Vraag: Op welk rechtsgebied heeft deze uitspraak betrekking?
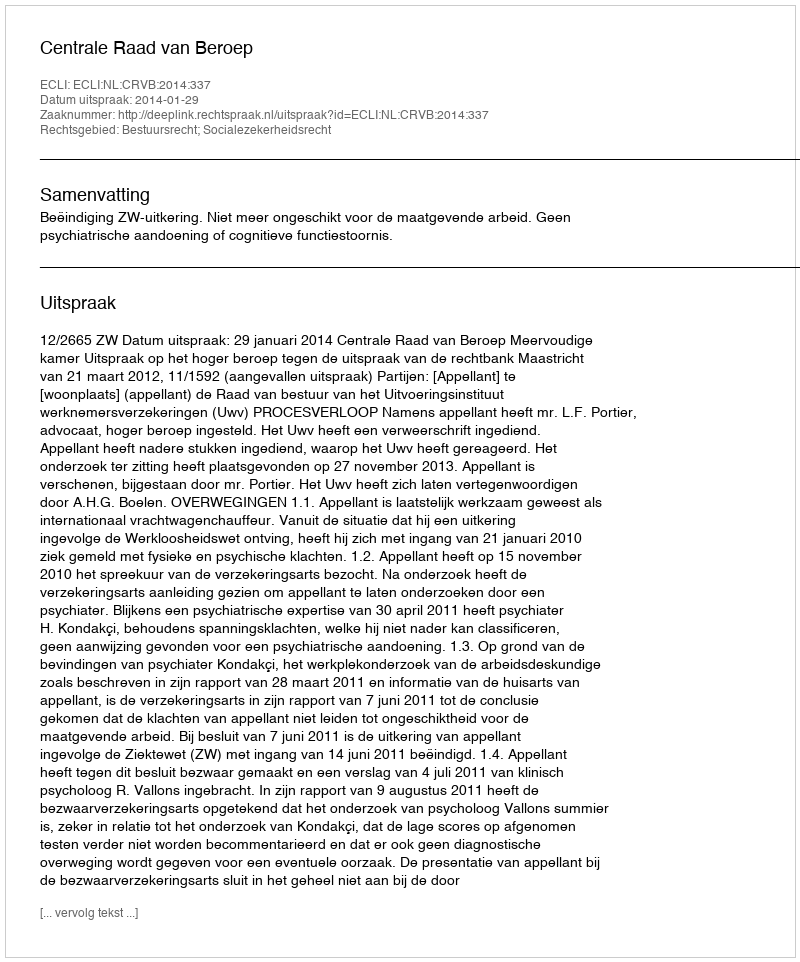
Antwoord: Bestuursrecht; Socialezekerheidsrecht